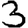
Digit: 3